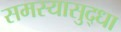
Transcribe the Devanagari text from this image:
समस्यासुद्धा